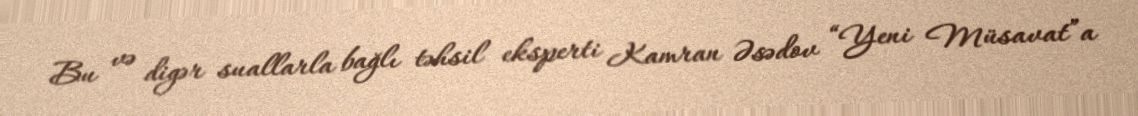
Bu və digər suallarla bağlı təhsil eksperti Kamran Əsədov “Yeni Müsavat”a